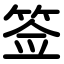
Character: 签